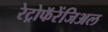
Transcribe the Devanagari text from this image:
रेट्रोफॅरेंजिअल